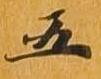
五